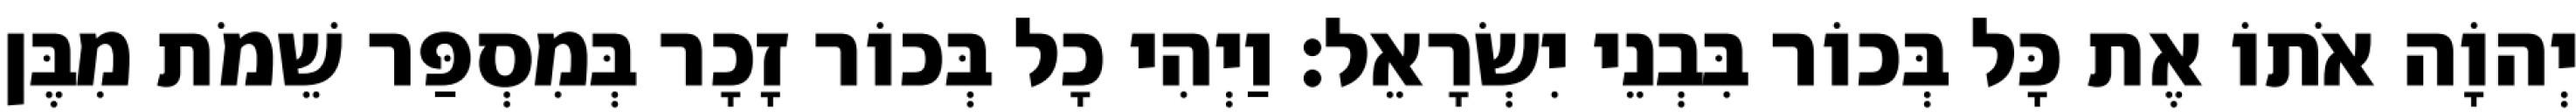
יְהוָֹה אֹתוֹ אֶת כָּל בְּכוֹר בִּבְנֵי יִשְׂרָאֵל׃ וַיְהִי כָל בְּכוֹר זָכָר בְּמִסְפַּר שֵׁמֹת מִבֶּן